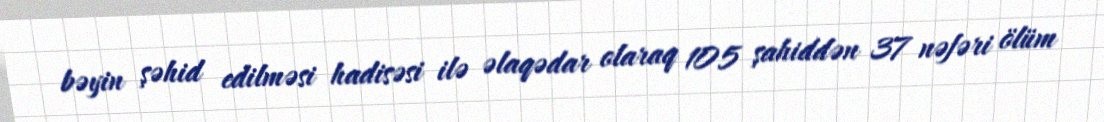
bəyin şəhid edilməsi hadisəsi ilə əlaqədar olaraq 105 şahiddən 37 nəfəri ölüm